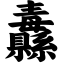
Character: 纛